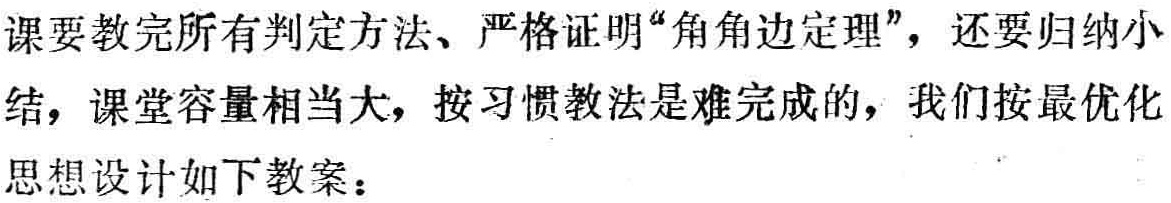
课要教完所有判定方法、严格证明“角角边定理”，还要归纳小

结，课堂容量相当大，按习惯教法是难完成的，我们按最优化

思想设计如下教案：